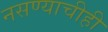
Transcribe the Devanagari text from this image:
नसण्याचीही